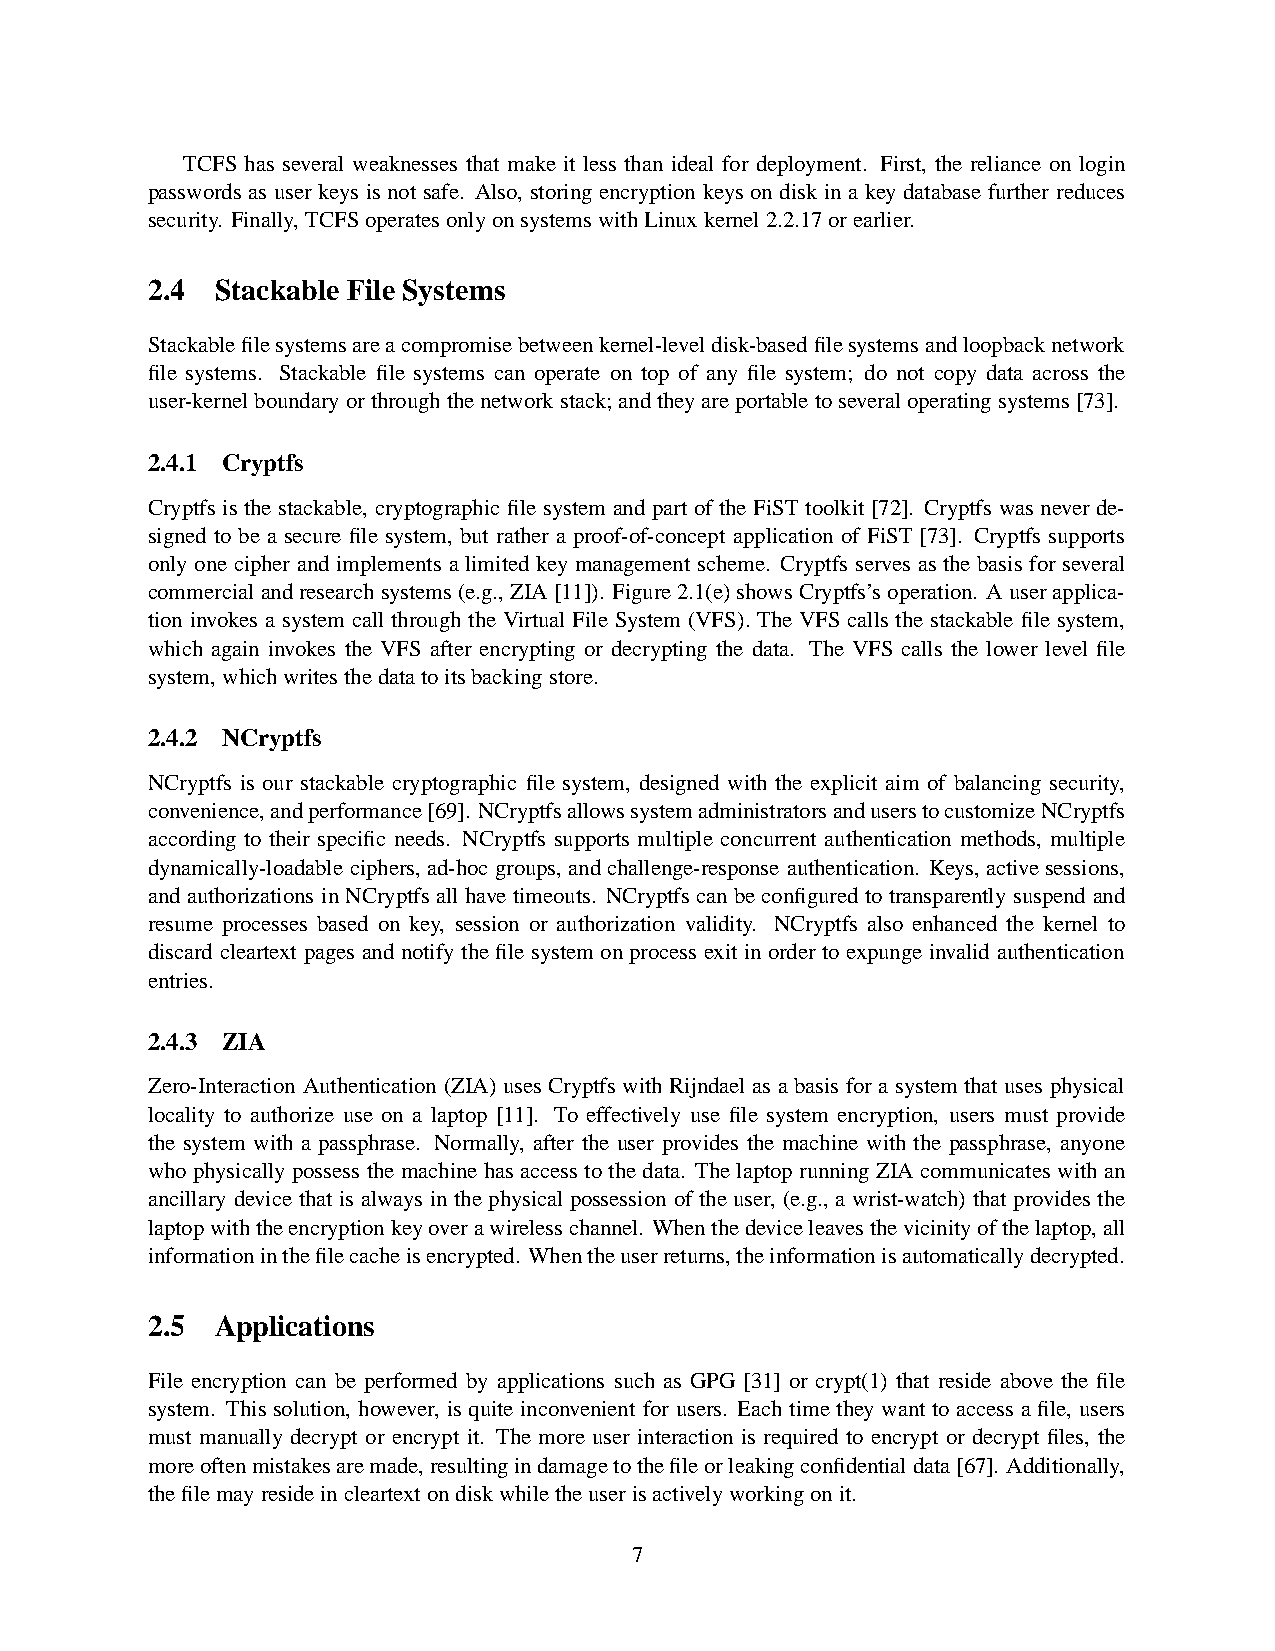
TCFS has several weaknesses that make it less than ideal for deployment. First, the reliance on login
 passwords as user keys is not safe. Also, storing encryption keys on disk in a key database further reduces
 security. Finally, TCFSoperatesonlyonsystemswithLinuxkernel2.2.17orearlier.
 2.4 Stackable File Systems
 Stackablefilesystemsareacompromisebetweenkernel-leveldisk-basedfilesystemsandloopbacknetwork
 file systems. Stackable file systems can operate on top of any file system; do not copy data across the
 user-kernelboundaryorthroughthenetworkstack;andtheyareportabletoseveraloperatingsystems[73].
 2.4.1 Cryptfs
 Cryptfs is the stackable, cryptographicfile system and part of the FiST toolkit[72]. Cryptfs was never de-
 signed to be a secure file system, but rather a proof-of-concept application of FiST [73]. Cryptfs supports
 onlyone cipher and implements a limited key managementscheme. Cryptfs serves as the basis for several
 commercialandresearchsystems(e.g.,ZIA[11]). Figure2.1(e)showsCryptfs’soperation. Auserapplica-
 tion invokes a system call through the Virtual File System (VFS). The VFS calls the stackable file system,
 which again invokes the VFS after encrypting or decrypting the data. The VFS calls the lower level file
 system,whichwritesthedatatoitsbackingstore.
 2.4.2 NCryptfs
 NCryptfs is our stackable cryptographic file system, designed with the explicit aim of balancing security,
 convenience,andperformance[69]. NCryptfsallowssystemadministratorsanduserstocustomizeNCryptfs
 according to their specific needs. NCryptfs supports multiple concurrent authentication methods, multiple
 dynamically-loadableciphers,ad-hocgroups,andchallenge-responseauthentication. Keys,active sessions,
 andauthorizationsin NCryptfsallhave timeouts. NCryptfscanbe configuredto transparentlysuspendand
 resume processes based on key, session or authorization validity. NCryptfs also enhanced the kernel to
 discardcleartext pagesand notify the file systemonprocessexit in order to expungeinvalid authentication
 entries.
 2.4.3 ZIA
 Zero-InteractionAuthentication(ZIA) usesCryptfswithRijndael as abasis fora systemthat uses physical
 locality to authorize use on a laptop [11]. To effectively use file system encryption, users must provide
 the system with a passphrase. Normally, after the user provides the machine with the passphrase, anyone
 whophysicallypossessthe machinehasaccessto the data. The laptoprunningZIA communicateswithan
 ancillary device that is always in the physicalpossession of the user, (e.g., a wrist-watch) that provides the
 laptopwiththeencryptionkeyoverawirelesschannel. Whenthedeviceleavesthevicinityofthelaptop,all
 informationinthefilecacheisencrypted. Whentheuserreturns,theinformationisautomaticallydecrypted.
 2.5 Applications
 File encryption can be performed by applications such as GPG [31] or crypt(1) that reside above the file
 system. Thissolution, however, is quite inconvenient for users. Each time they want to access a file, users
 must manually decrypt or encrypt it. The more user interaction is required to encrypt or decrypt files, the
 moreoftenmistakesaremade,resultingindamagetothefileorleakingconfidentialdata[67]. Additionally,
 thefilemayresideincleartextondiskwhiletheuserisactivelyworkingonit.
 7